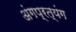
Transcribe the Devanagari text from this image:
अंगप्रत्यंग